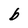
Character: b